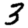
Digit: 3